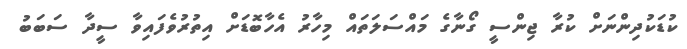
ކުޑަކުދިންނަށް ކުރާ ޖިންސީ ގޯނާގެ މައްސަލަތައް މިހާރު އެހާބޮޑަށް އިތުރުވެފައިވާ ސީދާ ސަބަބު